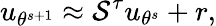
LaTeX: u_{\theta^{s+1}}\approx\mathcal{S}^{\tau}u_{\theta^{s}}+r,